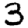
Digit: 3